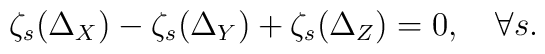
\zeta_s(\Delta_X) -\zeta_s(\Delta_Y)+\zeta_s(\Delta_Z)=0,\quad\forall s.